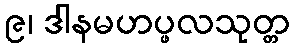
၉၊ ဒါနမဟပ္ဖလသုတ္တ